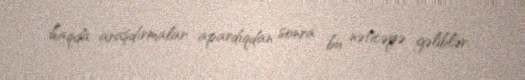
haqda araşdırmalar apardıqdan sonra bu nəticəyə gəliblər.